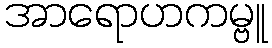
အာရောဟကမ္ဗူ